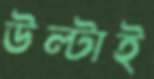
উল্‌টাই